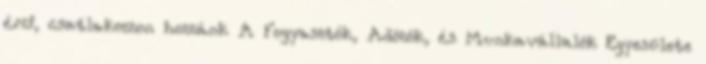
érzi, csatlakozzon hozzánk A Fogyasztók, Adózók, és Munkavállalók Egyesülete